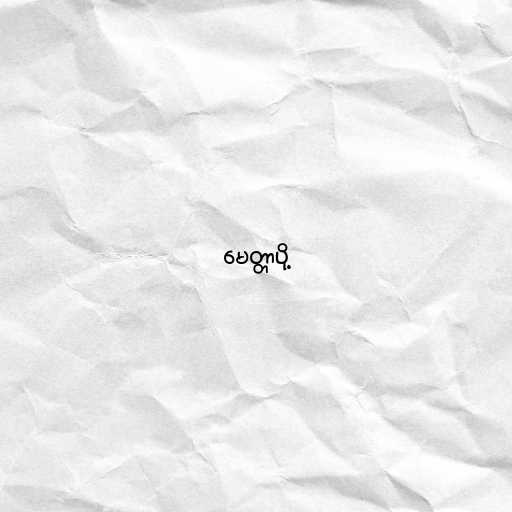
မေတ္တာပို့